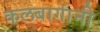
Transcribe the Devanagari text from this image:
कलबागांनी